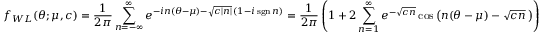
f _ { W L } ( \theta ; \mu , c ) = { \frac { 1 } { 2 \pi } } \sum _ { n = - \infty } ^ { \infty } e ^ { - i n ( \theta - \mu ) - { \sqrt { c | n | } } \, ( 1 - i \operatorname { s g n } { n } ) } = { \frac { 1 } { 2 \pi } } \left( 1 + 2 \sum _ { n = 1 } ^ { \infty } e ^ { - { \sqrt { c n } } } \cos \left( n ( \theta - \mu ) - { \sqrt { c n } } \, \right) \right)